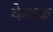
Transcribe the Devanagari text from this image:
केचक्र